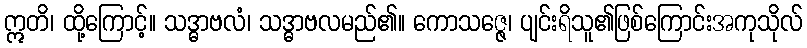
ဣတိ၊ ထို့ကြောင့်။ သဒ္ဓာဗလံ၊ သဒ္ဓာဗလမည်၏။ ကောသဇ္ဇေ၊ ပျင်းရိသူ၏ဖြစ်ကြောင်းအကုသိုလ်